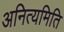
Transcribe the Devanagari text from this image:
अनित्यमिति